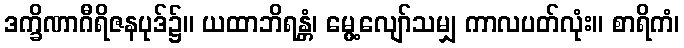
ဒက္ခိဏာဂီရိဇနပုဒ်၌။ ယထာဘိရန္တံ၊ မွေ့လျော်သမျှ ကာလပတ်လုံး။ စာရိကံ၊